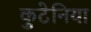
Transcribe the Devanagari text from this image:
कुटेनिया